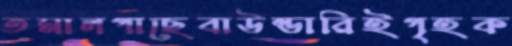
তমালগাছেবাউন্ডারিইগৃহক